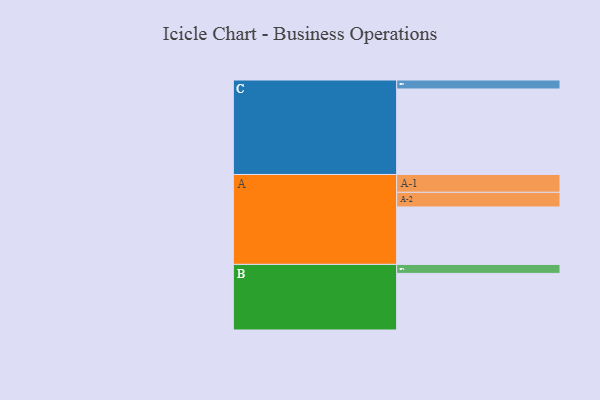
{"axis": {"x": "Segment", "y": "Value"}, "legend": ["", "A", "B", "C"], "data": [{"x": "A", "y": 364, "type": ""}, {"x": "B", "y": 359, "type": ""}, {"x": "C", "y": 542, "type": ""}, {"x": "A-1", "y": 113, "type": "A"}, {"x": "A-2", "y": 93, "type": "A"}, {"x": "B-1", "y": 57, "type": "B"}, {"x": "C-1", "y": 57, "type": "C"}]}